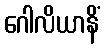
ဂေါလိယာနိံ